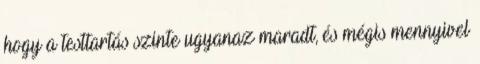
hogy a testtartás szinte ugyanaz maradt, és mégis mennyivel